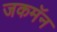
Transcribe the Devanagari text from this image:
जकमॅन